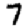
Digit: 7